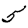
Digit: 5